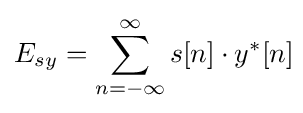
E_{sy}=\sum _{n=-\infty }^{\infty }{s[n]\cdot y^{*}[n]}\!